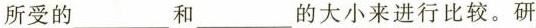
所受的___和___的大小来进行比较。研